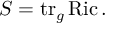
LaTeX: S = \operatorname { t r } _ { g } \operatorname { R i c } .